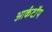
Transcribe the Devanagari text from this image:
आर्कटॉप